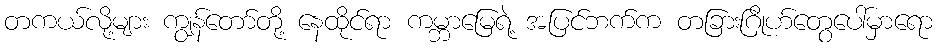
တကယ်လို့များ ကျွန်တော်တို့ နေထိုင်ရာ ကမ္ဘာမြေရဲ့ အပြင်ဘက်က တခြားဂြိုဟ်တွေပေါ်မှာရော